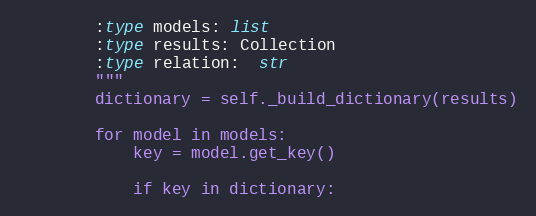
Language: Python
        :type models: list
        :type results: Collection
        :type relation:  str
        """
        dictionary = self._build_dictionary(results)

        for model in models:
            key = model.get_key()

            if key in dictionary: